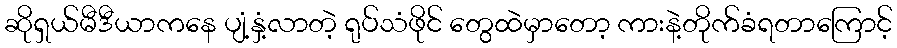
ဆိုရှယ်မီဒီယာကနေ ပျံ့နှံ့လာတဲ့ ရုပ်သံဖိုင် တွေထဲမှာတော့ ကားနဲ့တိုက်ခံရတာကြောင့်